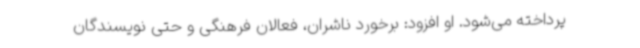
پرداخته می‌شود. او افزود: برخورد ناشران، فعالان فرهنگی و حتی نویسندگان